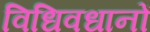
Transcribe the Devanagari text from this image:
विधिवधानों